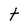
Character: t